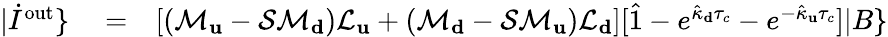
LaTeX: \begin{array}{rlr}{|\dot{I}^{\mathrm{out}}\} }&{{}=}&{\left[(\mathcal{M}_{\mathbf u}-\mathcal{S}\mathcal{M}_{\mathbf d})\mathcal{L}_{\mathbf u}+(\mathcal{M}_{\mathbf d}-\mathcal{S}\mathcal{M}_{\mathbf u})\mathcal{L}_{\mathbf d}\right][\hat{1}-e^{\hat{\kappa}_{\mathbf d}\tau_{c}}-e^{-\hat{\kappa}_{\mathbf u}\tau_{c}}]|B\} }\end{array}